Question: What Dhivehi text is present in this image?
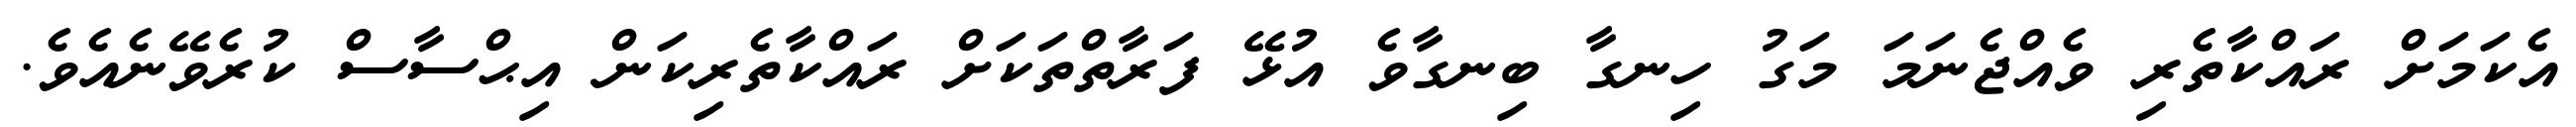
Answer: އެކަމަށް ރައްކާތެރި ވެއްޖެނަމަ މަގު ހިނގާ ބިނގާވެ އުޅޭ ފަރާތްތަކަށް ރައްކާތެރިކަން އިޙްސާސް ކުރެވޭނެއެވެ.